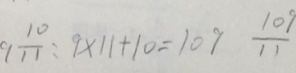
9 \frac { 1 1 } { 1 0 } : 9 \times 1 1 + 1 0 = 1 0 9 \frac { 1 0 9 } { 1 1 }